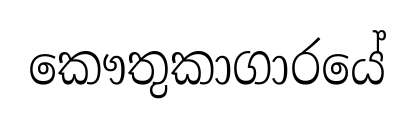
කෞතුකාගාරයේ